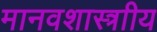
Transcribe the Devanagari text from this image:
मानवशास्त्राीय